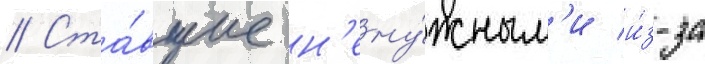
// Ста́вшие н'ену́жным'и и́з-за